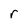
Character: r